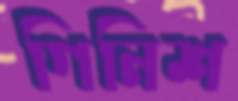
গিনিশ